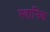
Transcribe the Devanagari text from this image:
स्वानिक